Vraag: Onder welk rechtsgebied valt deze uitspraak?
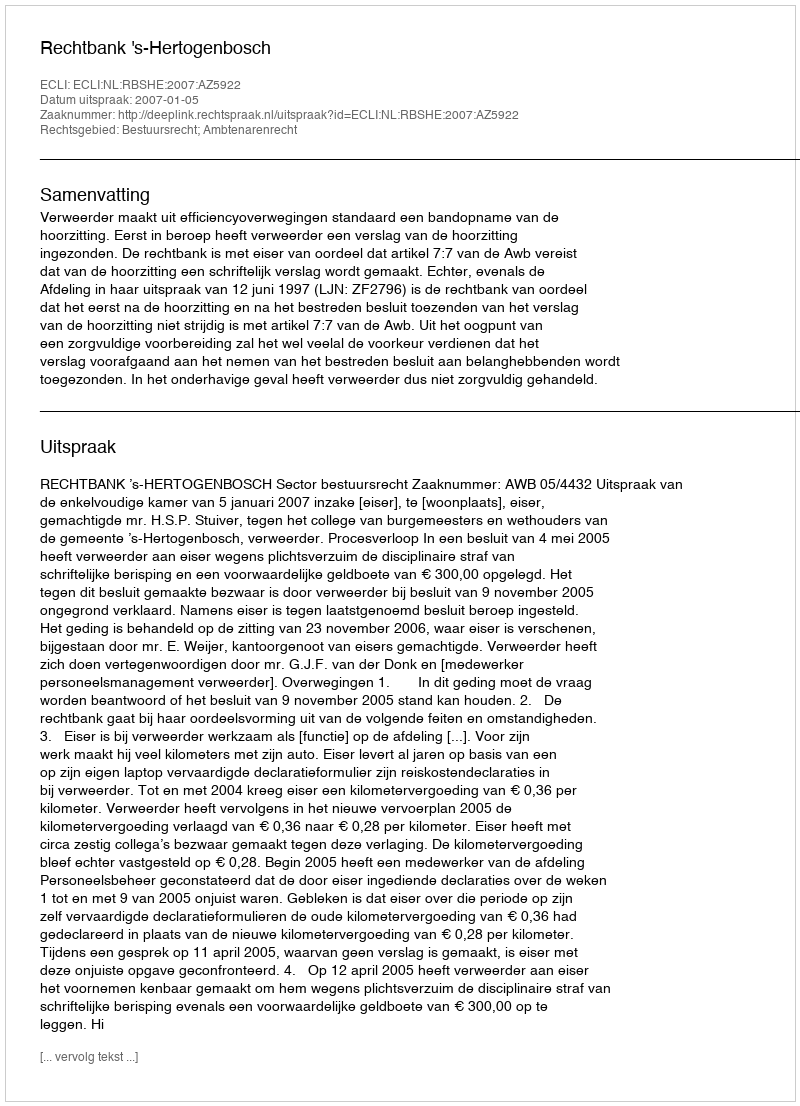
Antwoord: Bestuursrecht; Ambtenarenrecht